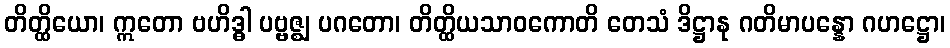
တိတ္ထိယော၊ ဣတော ဗဟိဒ္ဓါ ပဗ္ဗဇ္ဈ ပဂတော၊ တိတ္ထိယသာဝကောတိ တေသံ ဒိဋ္ဌာနု ဂတိမာပန္နော ဂဟဋ္ဌော၊